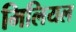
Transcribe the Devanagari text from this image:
मिलियल